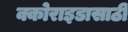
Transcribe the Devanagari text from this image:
क्कोराइडासाठी